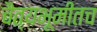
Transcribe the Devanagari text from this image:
चैत्यभूमीतच